Report of the Indian Hemp Drugs Commission, 1894-1895 - Volume V
Year: 1894
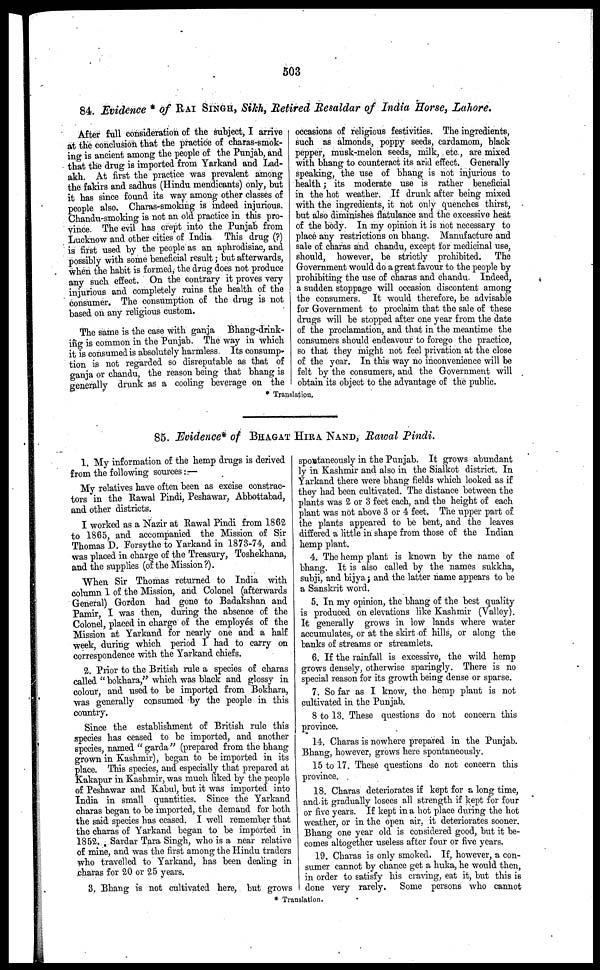
503
84. Evidence * of RAI SINGH , Sikh, Retired Resaldar of India Horsey Lahore.
After full consideration of the subject, I arrive
at the conclusion that the practice of charas-smok-
ing is ancient among the people of the Punjab, and
that the drug is imported from Yarkand and Lad-
akh. At first the practice was prevalent among
the fakirs and sadhus (Hindu mendicants) only, but
it has since found its way among other classes of
people also. Charas-smoking is indeed injurious.
Chandu-smoking is not an old practice in this pro-
vince. The evil has crept into the Punjab from
Lucknow and other cities of India This drug (?)
is first used by the people as an aphrodisiac, and
possibly with some beneficial result; but afterwards,
when the habit is formed, the drug does not produce
any such effect. On the contrary it proves very
injurious and completely ruins the health of the
consumer. The consumption of the drug is not
based on any religious custom.
The same is the case with ganja
Bhang-drink-
ing is common in the Punjab. The way in which
it is consumed is absolutely harmless. Its consump-
tion is not regarded so disreputable as that of
ganja or chandu, the reason being that bhang is
generally drunk as a cooling beverage on the
occasions of religious festivities. The ingredients,
such as almonds, poppy seeds, cardamom, black
pepper, musk-melon seeds, milk, etc, are mixed
with bhang to counteract its arid effect. Generally
speaking, the use of bhang is not injurious to
health; its moderate use is rather beneficial
in the hot weather. If drunk after being mixed
with the ingredients, it not only quenches thirst,
but also diminishes flatulance and the excessive heat
of the body. In my opinion it is not necessary to
place any restrictions on bhang. Manufacture and
sale of charas and chandu, except for medicinal use,
should, however, be strictly prohibited. The
Government would do a great favour to the people by
I prohibiting the use of charas and chandu. Indeed,
J a sudden stoppage will occasion discontent among
the consumers. It would therefore, be advisable
for Government to proclaim that the sale of these
drugs will be stopped after one year from the date
of the proclamation, and that in the meantime the
consumers should endeavour to forego the practice,
so that they might not feel privation at the close
of the year. In this way no inconvenience will be
felt by the consumers, and the Government will
obtain its object to the advantage of the public.
85. Evidence* of BHAGAT HIRA NAND, Rawal Pindi.
1. My information of the hemp drugs is derived
from the following sources: —
My relatives have often been as excise contrac-
tors in the Rawal Pindi, Peshawar, Abbottabad,
and other districts.
I worked as a Nazir at Rawal Pindi from 1862
to 1865, and accompanied the Mission of Sir
Thomas D. Forsythe to Yarkand in 1873-74, and
was placed in charge of the Treasury, Toshekhana,
and the supplies (of the Mission?).
When Sir Thomas returned to India with
column 1 of the Mission, and Colonel (afterwards
General) Gordon had gone to Badakshan and
Pamir, I was then, during the absence of the
Colonel, placed in charge of the employes of the
Mission at Yarkand for nearly one and a half
week, during which period I had to carry on
correspondence with the Yarkand chiefs.
2. Prior to the British rule a species of charas
called " bokhara," which was black and glossy in
colour, and used to be imported from Bokhara,
was generally consumed by the people in this
country.
Since the establishment of British rule this
species has ceased to be imported, and another
species, named " garda" (prepared from the bhang
grown in Kashmir), began to be imported in its
place. This species, and especially that prepared at
Kakapur in Kashmir, was much liked by the people
of Peshawar and Kabul, but it was imported into
India in small quantities. Since the Yarkand
charas began to be imported, the demand for both
the said species has ceased. I well remember that
the charas of Yarkand began to be imported in
1852. Sardar Tara Singh, who is a near relative
of mine, and was the first among the Hindu traders
who travelled to Yarkand, has been dealing in
charas for 20 or 25 years.
3. Bhang is not cultivated here, but grows
spontaneously in the Punjab. It grows abundant
ly in Kashmir and also in the Sialkot district. In
Yarkand there were bhang fields which looked as if
they had been cultivated. The distance between the
plants was 2 or 3 feet each, and the height of each
plant was not above 3 or 4 feet. The upper part of
the plants appeared to be bent, and the leaves
differed a little in shape from those of the Indian
hemp plant.
4. The hemp plant is known by the name of
bhang. It is also called by the names sukkha,
subji, and bijya; and the latter name appears to be
a Sanskrit word.
5. In my opinion, the bhang of the best quality
is produced on elevations like Kashmir (Valley).
It generally grows in low lands where water
accumulates, or at the skirt of hills, or along the
banks of streams or streamlets.
6. If the rainfall is excessive, the wild hemp
grows densely, otherwise sparingly. There is no
special reason for its growth being dense or sparse.
7. So far as I know, the hemp plant is not
cultivated in the Punjab.
8 to 13. These questions do not concern this
province.
14. Charas is nowhere prepared in the Punjab.
Bhang, however, grows here spontaneously.
15 to 17. These questions do not concern this
province.
18. Charas deteriorates if kept for a long time,
and it gradually losees all strength if kept for four
or five years. If kept in a hot place during the hot
weather, or in the open air, it deteriorates sooner.
Bhang one year old is considered good, but it be-
comes altogether useless after four or five years.
19. Charas is only smoked. If, however, a con-
sumer cannot by chance get a huka, he would then,
in order to satisfy his craving, eat it, but this is
done very rarely. Some persons who cannot
* Translation.